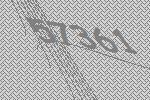
57361